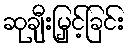
ဆုချီးမြှင့်ခြင်း